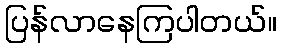
ပြန်လာနေကြပါတယ်။